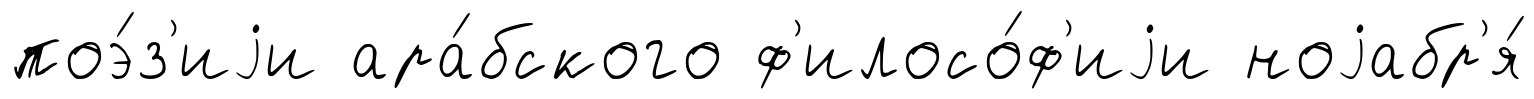
поэ́з'иjи ара́бского ф'илосо́ф'иjи ноjабр'я́